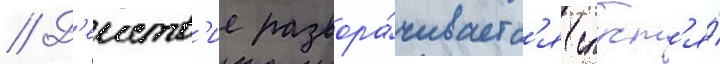
// Д'еиств'ие развора́чиваетс'я спуст'я́